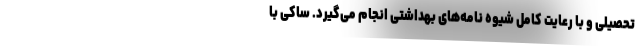
تحصیلی و با رعایت کامل شیوه نامه‌های بهداشتی انجام می‌گیرد. ساکی با